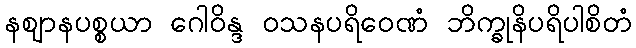
နဈာနပစ္စယာ ဂေါဝိန္ဒ ဝသနပရိဝေဏံ ဘိက္ခုနိပရိပါစိတံ